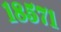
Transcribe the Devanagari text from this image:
१८५७१